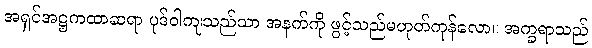
အရှင်အဋ္ဌကထာဆရာ ပုဒ်ဝါကျသည်သာ အနက်ကို ဖွင့်သည်မဟုတ်ကုန်လော။ အက္ခရာသည်